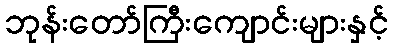
ဘုန်းတော်ကြီးကျောင်းများနှင့်